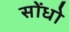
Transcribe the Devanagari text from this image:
सोंधो